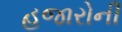
હજારોની